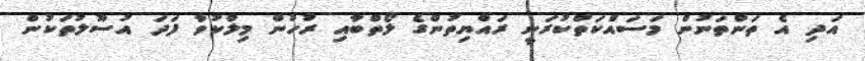
އަދި އެ ތަންތަނުން މަސައްކަތްކުރަނީ ރައްޔިތުންގެ ލޯތްބާއި ރުހުން މިލްކުވާ ފަދަ އުސޫލުތަކުން